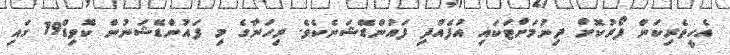
އެހީތެރިކަން ފޯރުކޮށް ދިނުމަށްޓަކައި އުފެއްދި ފައުންޑޭޝަނެކެވެ. ރިހަނާގެ މި ފައުންޑޭޝަނުން ކޮވިޑް19 ގައި